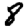
Digit: 8